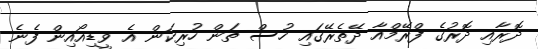
ދޮރާއި ދޮރުގެ ފްރޭމްއާ ދޭތެރޭގައި ހުސް ތަން ހުރިކަން އެ ވީޑިއޯއިން ފެނެ